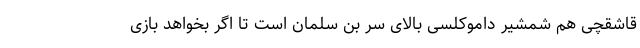
قاشقچی هم شمشیر داموکلسی بالای سر بن سلمان است تا اگر بخواهد بازی